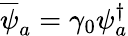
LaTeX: \overline{{\psi}}_{a}=\gamma_{0}\psi_{a}^{\dagger}